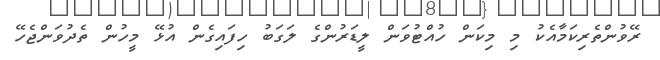
ރޭވުންތެެރިކަމާއެކު މި މިކަން ހުއްޓުވަން ލީޑަރުންގެ ލަގަބު ހިފައިގެން އުޅޭ މީހުން ތެދުވަންޖެހޭ